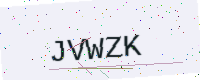
Text: JVWZK